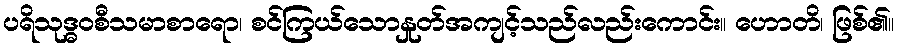
ပရိသုဒ္ဓဝစီသမာစာရော၊ စင်ကြယ်သောနှုတ်အကျင့်သည်လည်းကောင်း။ ဟောတိ၊ ဖြစ်၏။